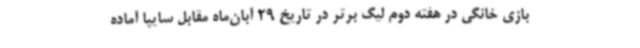
بازی خانگی در هفته دوم لیگ برتر در تاریخ 29 آبان‌ماه مقابل سایپا آماده